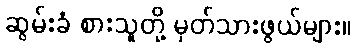
ဆွမ်းခံ စားသူတို့ မှတ်သားဖွယ်များ။